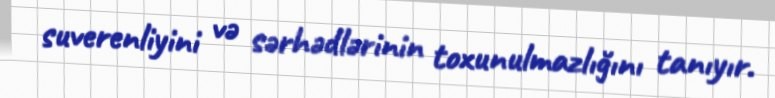
suverenliyini və sərhədlərinin toxunulmazlığını tanıyır.